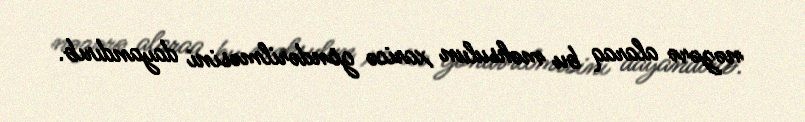
nəzərə alaraq bu məhsulun xaricə göndərilməsini dayandırıb.